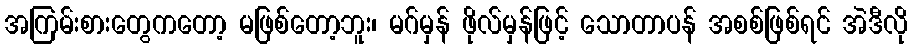
အကြမ်းစားတွေကတော့ မဖြစ်တော့ဘူး၊ မဂ်မှန် ဖိုလ်မှန်ဖြင့် သောတာပန် အစစ်ဖြစ်ရင် အဲဒီလို